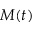
M ( t )